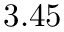
3 . 4 5